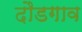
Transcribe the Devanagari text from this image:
दौडगाव